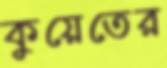
কুয়েতের